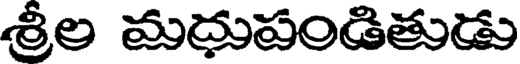
శ్రీల మదుపండితుడు